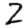
Digit: 2